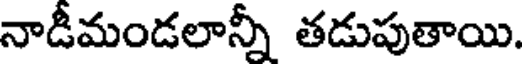
నాడీమండలాన్నీ తడుపుతాయి.